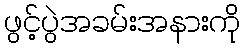
ဖွင့်ပွဲအခမ်းအနားကို